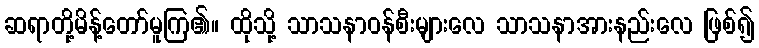
ဆရာတို့မိန့်တော်မူကြ၏။ ထိုသို့ သာသနာဝန်စီးများလေ သာသနာအားနည်းလေ ဖြစ်၍